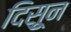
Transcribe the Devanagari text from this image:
दिसुून